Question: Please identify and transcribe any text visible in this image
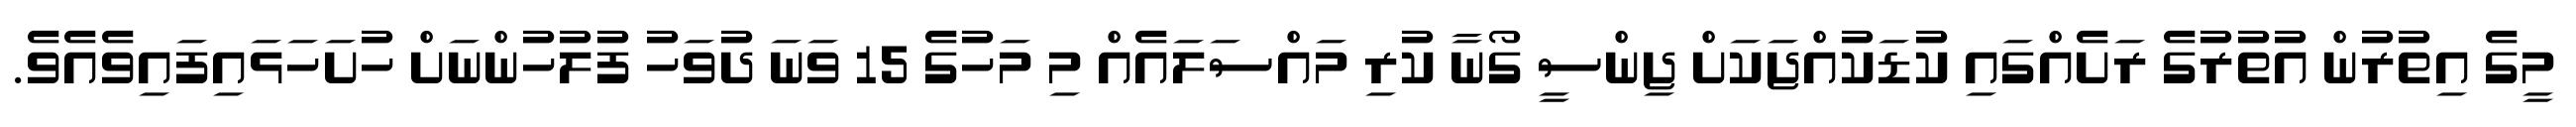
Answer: މީގެ އިތުރުން އުތުރުގެ ރަށެއްގައި ކުޑަކުއްޖަކަށް ޖިންސީ ގޯނާ ކުރި މައްސަލައެއް މި މަހުގެ 15 ވަނަ ދުވަހު ފުލުހުންނަށް ހުށަހަޅައިފައިވެއެވެ.